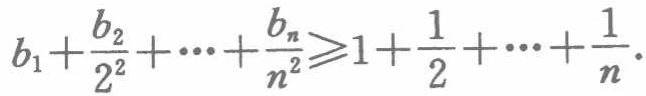
\(b_{1}+\frac{b_{2}}{2^{2}}+\cdots+\frac{b_{n}}{n^{2}}\geqslant1+\frac{1}{2}+\cdots+\frac{1}{n}\)